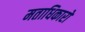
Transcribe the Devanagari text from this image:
मताधिकारों